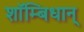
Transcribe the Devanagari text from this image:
शाॅम्बिधान्